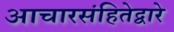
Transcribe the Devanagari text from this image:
आचारसंहितेद्वारे